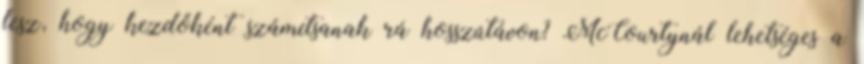
lesz, hogy kezdőként számítsanak rá hosszútávon? McCourtynál lehetséges a